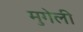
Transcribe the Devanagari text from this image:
मुगेली